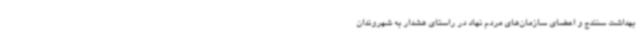
بهداشت سنندج و اعضای سازمان‌های مردم نهاد در راستای هشدار به شهروندان